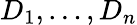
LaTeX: D_{1},\dots,D_{n}